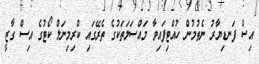
އިސް ފަނޑިޔާރު ނެތުމުން ހުއްޓިފައިވާ މައްސަލަތަކުގެ ތެރޭގައި ކްރިމިނަލް ކޯޓުގެ އިސް ގާޒީ